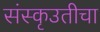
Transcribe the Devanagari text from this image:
संस्कृउतीचा